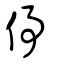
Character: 倳